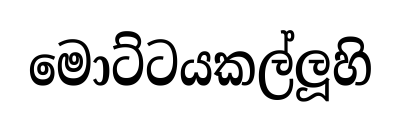
මොට්ටයකල්ලූහි